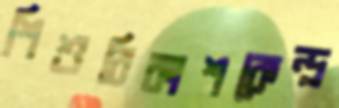
শিশুবিকাশকেন্দ্র